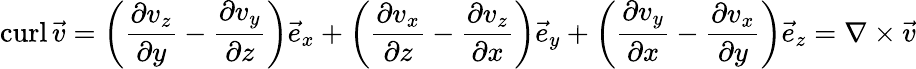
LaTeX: \operatorname{curl}{\vec{v}}=\left({\frac{\partial v_{z}}{\partial y}}-{\frac{\partial v_{y}}{\partial z}}\right){\vec{e}}_{x}+\left({\frac{\partial v_{x}}{\partial z}}-{\frac{\partial v_{z}}{\partial x}}\right){\vec{e}}_{y}+\left({\frac{\partial v_{y}}{\partial x}}-{\frac{\partial v_{x}}{\partial y}}\right){\vec{e}}_{z}=\nabla\times{\vec{v}}